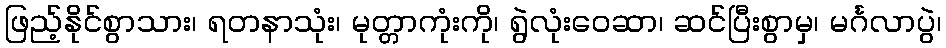
ဖြည့်နိုင်စွာသား၊ ရတနာသုံး၊ မုတ္တာကုံးကို၊ ရွဲလုံးဝေဆာ၊ ဆင်ပြီးစွာမှ၊ မင်္ဂလာပွဲ၊